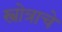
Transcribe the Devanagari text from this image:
स्त्रोत्राचे